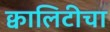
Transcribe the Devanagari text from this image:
क्वालिटीचा